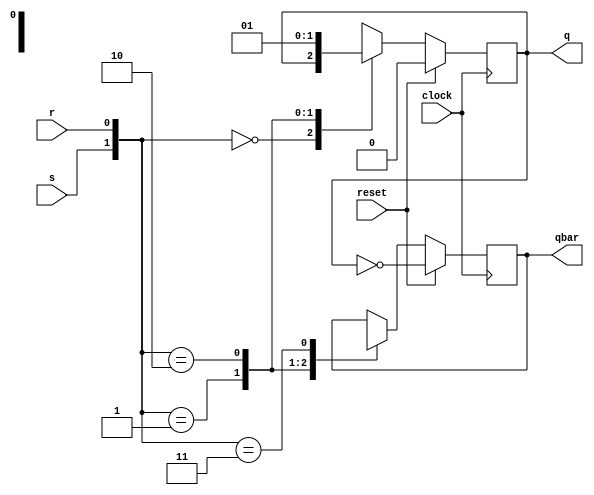
module SRFF(q,qbar,clock,reset,s,r);
    output reg q,qbar;
    input clock,reset,s,r;
    always @ (posedge clock) begin
    if(reset)
        begin
            q<=1'b0;
            qbar<=~q;
        end
    else begin
            case({s,r})
                2'b00: begin q<=q; nqbar<=~q; end
                2'b01: begin q<=0; qbar<=1; end
                2'b10: begin q<=1; qbar<=0; end
                2'b11: begin q<=1'bx; qbar<=1'bx; end
            endcase
         end
    end
endmodule